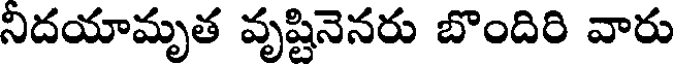
నిదయామృత వృష్టినెనరు బొందిరి వారు